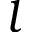
l